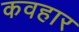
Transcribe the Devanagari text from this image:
कवहार